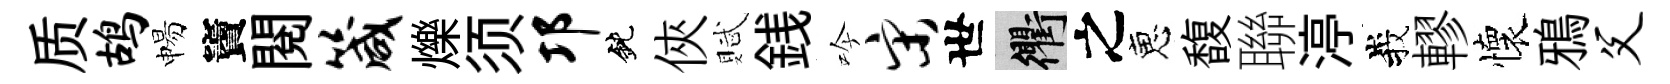
质鸪惕竇閲箴爍须邛鈍俠賦銭吟宋世衢之恵馥聯渟峩轇懷鴉父